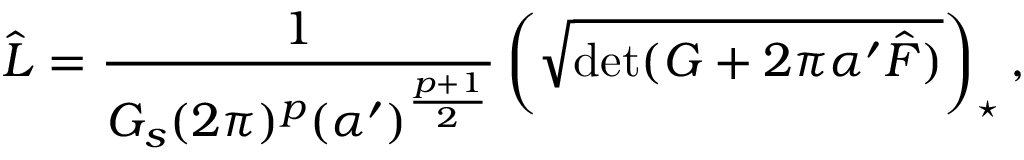
\hat { \cal L } = \frac { 1 } { G _ { s } ( 2 \pi ) ^ { p } ( \alpha ^ { \prime } ) ^ { \frac { p + 1 } { 2 } } } \left( \sqrt { \mathrm { d e t } ( G + 2 \pi \alpha ^ { \prime } \hat { F } ) } \right) _ { \star } ,